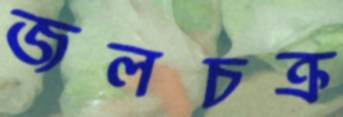
জলচক্র